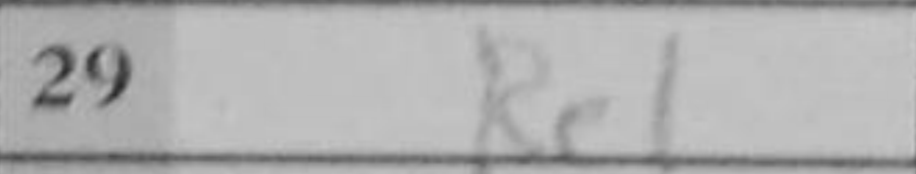
Transcription: Re1